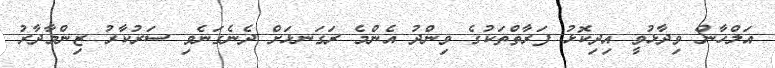
އަލްހާން ވިދާޅުވީ އިދިކޮޅު ފަރާތްތަކުގެ ވިންދު އެންމެ ރަގަނޅަށް ދެނެގަނެވި ސަރުކާރު ޒިންމާދާރު